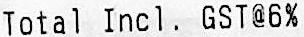
TOTAL INCL. GST@6%